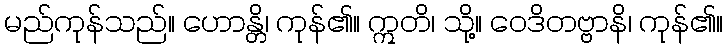
မည်ကုန်သည်။ ဟောန္တိ၊ ကုန်၏။ ဣတိ၊ သို့။ ဝေဒိတဗ္ဗာနိ၊ ကုန်၏။